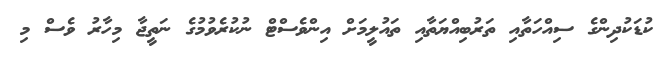
ކުޑަކުދިންގެ ސިއްހަތާއި ތަރުބިއްޔަތާއި ތައުލީމަށް އިންވެސްޓް ނުކުރެވުމުގެ ނަތީޖާ މިހާރު ވެސް މި